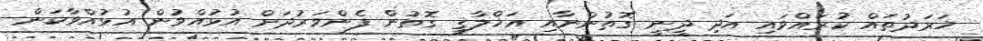
ޚަރަދުތައް ކުރައްވައި އަދި ދީނީ ގޮތުންނާއި އަޚްލާޤީ ގޮތުން ފެންވަރުދަށް އުޅުއްވުން އުޅުއްވާކަން